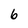
Character: 6